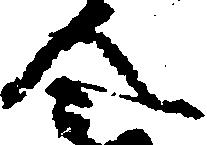
令